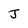
Character: J